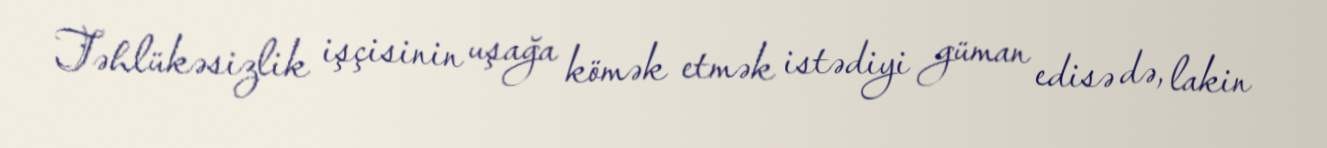
Təhlükəsizlik işçisinin uşağa kömək etmək istədiyi güman edisə də, lakin